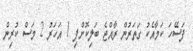
ފަސޭހަ ކަމާއެކު ގަތަރުން ރާއްޖެ ބަލިކޮށްފި 1 އަހަރު 2 މަސް ކުރިން